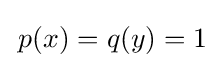
\,p(x)=q(y)=1